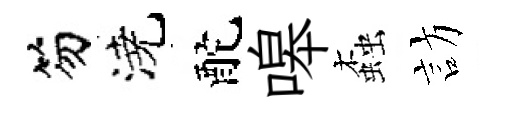
笏澆酡嗥螙訪